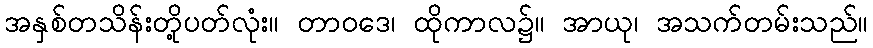
အနှစ်တသိန်းတို့ပတ်လုံး။ တာဝဒေ၊ ထိုကာလ၌။ အာယု၊ အသက်တမ်းသည်။